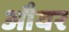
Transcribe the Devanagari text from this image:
औवर